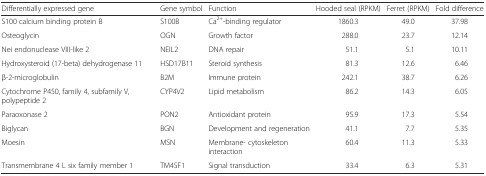
<table><thead><tr><td><b>Differentially expressed gene</b></td><td><b>Gene symbol</b></td><td><b>Function</b></td><td><b>Hooded seal (RPKM)</b></td><td><b>Ferret (RPKM)</b></td><td><b>Fold difference</b></td></tr></thead><tbody><tr><td>S100 calcium binding protein B</td><td>S100B</td><td>Ca<sup>2+</sup>-binding regulator</td><td>1860.3</td><td>49.0</td><td>37.98</td></tr><tr><td>Osteoglycin</td><td>OGN</td><td>Growth factor</td><td>288.0</td><td>23.7</td><td>12.14</td></tr><tr><td>Nei endonuclease VIII-like 2</td><td>NEIL2</td><td>DNA repair</td><td>51.1</td><td>5.1</td><td>10.11</td></tr><tr><td>Hydroxysteroid (17-beta) dehydrogenase 11</td><td>HSD17B11</td><td>Steroid synthesis</td><td>81.3</td><td>12.6</td><td>6.46</td></tr><tr><td>β-2-microglobulin</td><td>B2M</td><td>Immune protein</td><td>242.1</td><td>38.7</td><td>6.26</td></tr><tr><td>Cytochrome P450, family 4, subfamily V, polypeptide 2</td><td>CYP4V2</td><td>Lipid metabolism</td><td>86.2</td><td>14.3</td><td>6.05</td></tr><tr><td>Paraoxonase 2</td><td>PON2</td><td>Antioxidant protein</td><td>95.9</td><td>17.3</td><td>5.54</td></tr><tr><td>Biglycan</td><td>BGN</td><td>Development and regeneration</td><td>41.1</td><td>7.7</td><td>5.35</td></tr><tr><td>Moesin</td><td>MSN</td><td>Membrane- cytoskeleton interaction</td><td>60.4</td><td>11.3</td><td>5.33</td></tr><tr><td>Transmembrane 4 L six family member 1</td><td>TM4SF1</td><td>Signal transduction</td><td>33.4</td><td>6.3</td><td>5.31</td></tr></tbody></table>